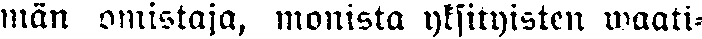
män omistaja, monista yksityisten waati-